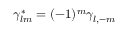
\gamma _ { l m } ^ { \ast } = ( - 1 ) ^ { m } \gamma _ { l , - m }